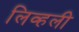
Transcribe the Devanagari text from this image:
लिव्हली